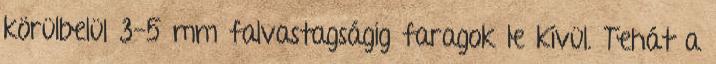
körülbelül 3-5 mm falvastagságig faragok le kívül. Tehát a